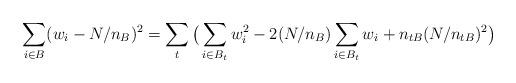
LaTeX: \begin{align*}\sum_{i\in B} (w_i - N/n_B)^2 = \sum_t \big( \sum_{i\in B_t} w_i^2 - 2 (N/n_B) \sum_{i\in B_t} w_i + n_{tB} (N/n_{tB})^2 \big)\end{align*}